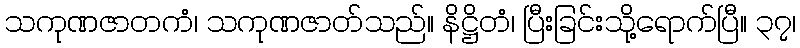
သကုဏဇာတကံ၊ သကုဏဇာတ်သည်။ နိဋ္ဌိတံ၊ ပြီးခြင်းသို့ရောက်ပြီ။ ၃၇၊